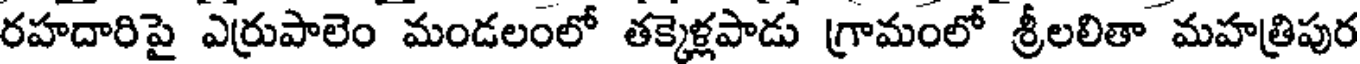
రహదారిపై ఎర్రుపాలెం మండలంలో తక్కెళ్లపాడు గ్రామంలో శ్రీలలితా మహత్రిపుర